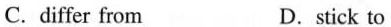
C.differ from